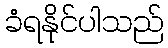
ခံရနိုင်ပါသည်